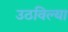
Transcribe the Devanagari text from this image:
उठविल्या